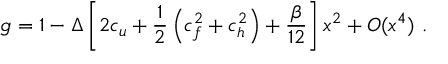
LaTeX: g = 1 - \Delta \left[ 2 c _ { u } + \frac 1 2 \left( c _ { f } ^ { 2 } + c _ { h } ^ { 2 } \right) + \frac \beta { 1 2 } \right] x ^ { 2 } + O ( x ^ { 4 } ) \ .